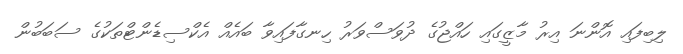
ލިބިފައި އޮންނަ އިރު މާޒީގައި ހައްޖުގެ ދުވަސްވަރު ހިނގާފައިވާ ބައެއް އެކްސިޑެންޓްތަކުގެ ސަބަބުން